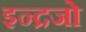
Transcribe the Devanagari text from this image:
इन्द्रजो